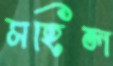
মহিল